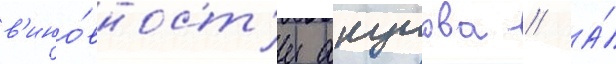
в'ино́вност'и акулова // А́